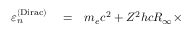
\begin{array} { r l r } { \varepsilon _ { n } ^ { \mathrm { ( D i r a c ) } } } & { { } = } & { m _ { e } c ^ { 2 } + Z ^ { 2 } h c R _ { \infty } \times } \end{array}